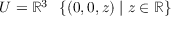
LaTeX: U = \mathbb { R } ^ { 3 } \setminus \{ ( 0 , 0 , z ) \mid z \in \mathbb { R } \}